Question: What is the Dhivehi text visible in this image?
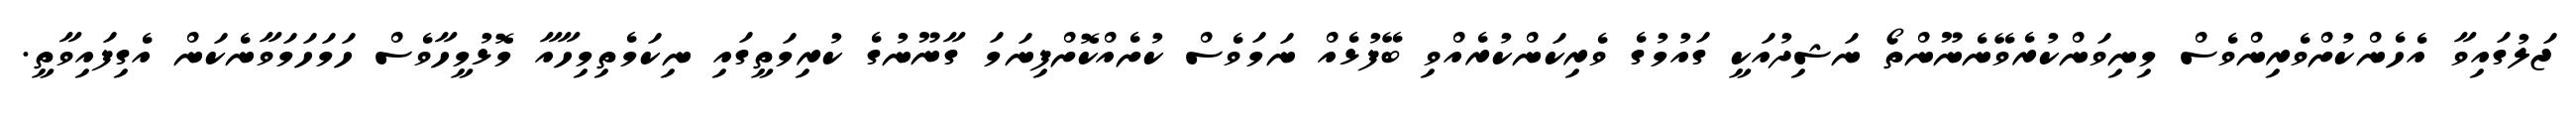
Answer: ޖަލުގައިވާ އެހެންކުށްވެރިންވެސް މިނިވަންކުރެވޭނެނޫންތޯ ނަޝިދުއަކީ ގައުމުގެ ވެރިކަންކުރެއްވި ބޭފުޅެއް ނަމަވެސް ކުށެއްކޮށްފިނަމަ ގާނޫނުގެ ކުރިމަތީގައި ނިކަމެތިމިހާއާ މޮޅުމީހާވެސް ހަމަހަމަވާނެކަން އެގިފައިވާތީ.